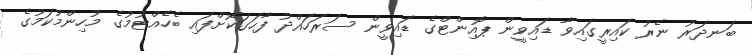
ބަނދަރު ނެރު ކައިރީގައިވާ ޑައިވީން ޕޮއިންޓްގެ ޑައިވީން ސަރަހައްދު ފާހަގަކޮށްފައި ބެހެއްޓުމުގެ މުހިންމުކަމުގެ